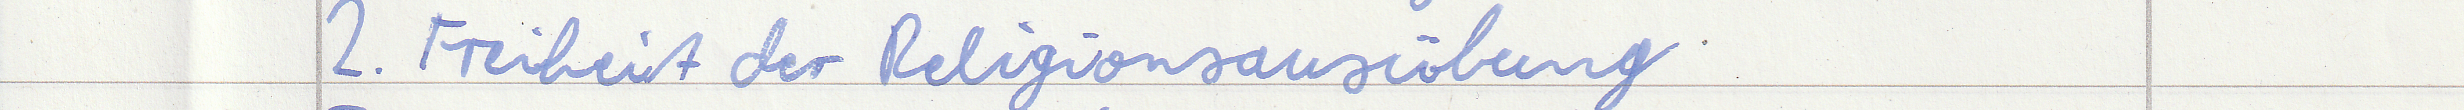
2. Freiheit der Religionsausübung